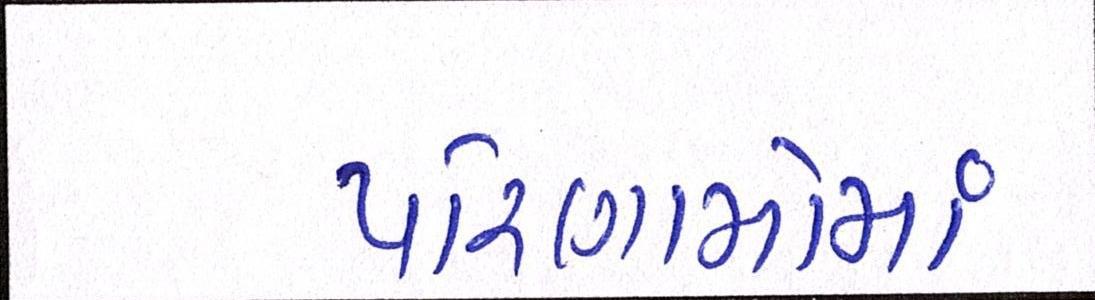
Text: પરિણામોમાં